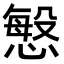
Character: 𭞠